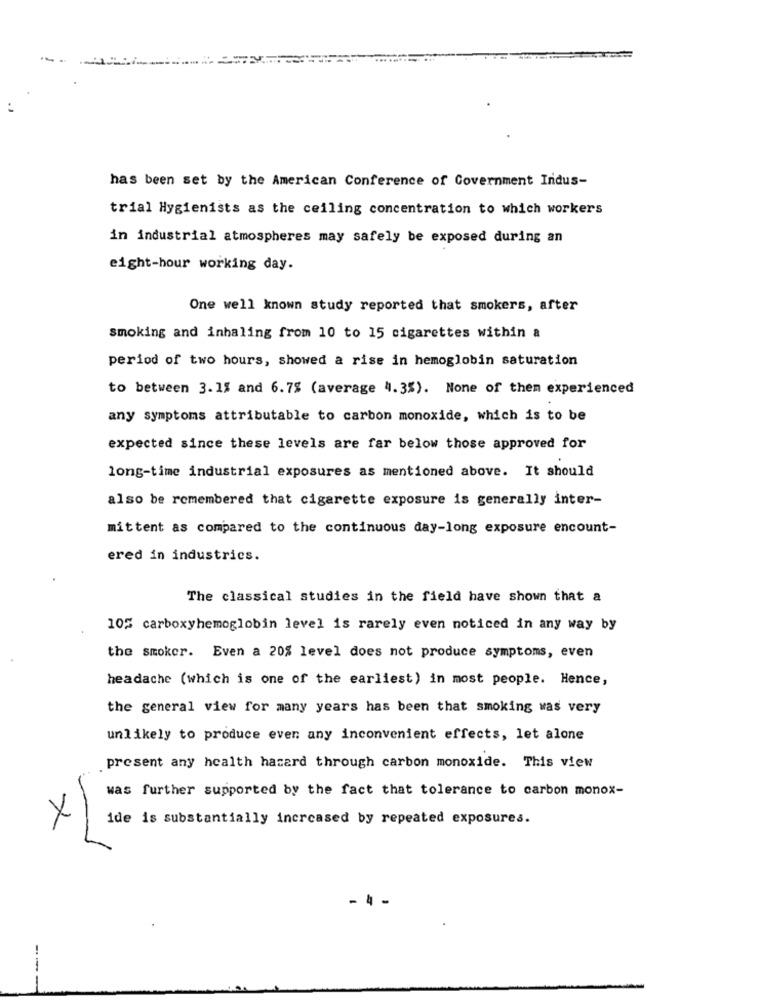
has been set by the American Conference of Government Indus-
trial Hygienists as the ceiling concentration to which workers
in industrial atmospheres may safely be exposed during an
eight-hour working day.
One well known study reported that smokers, after
smoking and inhaling from 10 to 15 cigarettes within a
period of two hours, showed a rise in hemoglobin saturation
to between 3.1% and 6.7% (average 4.3%). None of them experienced
any symptoms attributable to carbon monoxide, which is to be
expected since these levels are far below those approved for
long-time industrial exposures as mentioned above. It should
also be remembered that cigarette exposure is generally inter-
mittent as compared to the continuous day-long exposure encount-
ered in industrics.
The classical studies in the field have shown that a
105 carboxyhemoglobin level is rarely even noticed in any way by
the smoker. Even a 20% level does not produce symptoms, even
headache (which is one of the earliest) in most people. Hence,
the general view for many years has been that smoking was very
unlikely to produce even any inconvenient effects, let alone
present any health hazard through carbon monoxide. This view
was further supported by the fact that tolerance to carbon monox-
ide is substantially increased by repeated exposures.
x
- 4 -
---